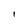
Character: l